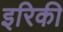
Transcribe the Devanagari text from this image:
इरिकी